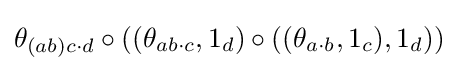
\theta _{(ab)c\cdot d}\circ ((\theta _{ab\cdot c},1_{d})\circ ((\theta _{a\cdot b},1_{c}),1_{d}))